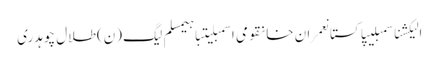
الیکشناسمبلیپاکستانعمران خانقومی اسمبلیتباہیمسلم لیگ (ن)طلال چوہدری